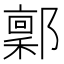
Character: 𬪙